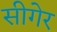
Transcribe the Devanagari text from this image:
सीगेर